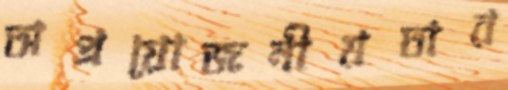
অপ্রয়োজনীয়তার